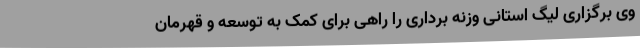
وی برگزاری لیگ استانی وزنه برداری را راهی برای کمک به توسعه و قهرمان